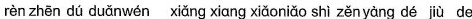
rèn zhēn dú duǎn wén xiǎng xiang xiǎo niǎo shì zěn yàng dé jiù de